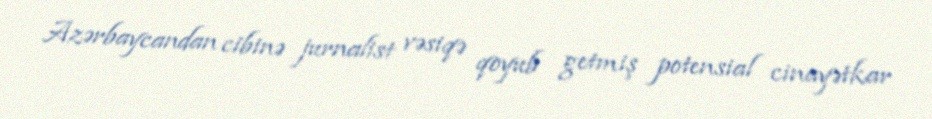
Azərbaycandan cibinə jurnalist vəsiqə qoyub getmiş potensial cinayətkar